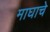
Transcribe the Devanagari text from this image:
माघाचे